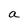
Character: a